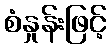
စံနှုန်းဖြင့်